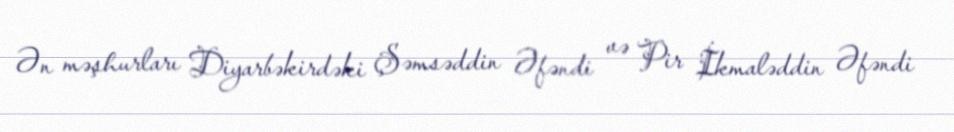
Ən məşhurları Diyarbəkirdəki Şəmsəddin Əfəndi və Pir İkmaləddin Əfəndi